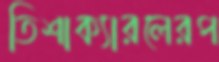
তিশাক্যারলেরপ